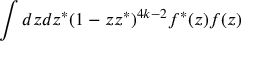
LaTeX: \int d z d z ^ { * } ( 1 - z z ^ { * } ) ^ { 4 k - 2 } f ^ { * } ( z ) f ( z )